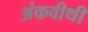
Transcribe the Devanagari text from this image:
अंकवीथी